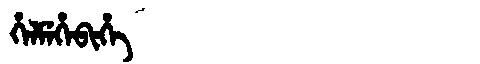
Manchu: ᡥᡝᠯᠮᡝᡥᡝᠪᡳᡥᡝ
Romanization: HELMEHEBIHE